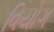
વિયોગ